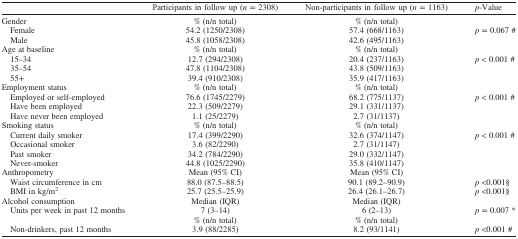
<table><thead><tr><td><b> </b></td><td><b>Participants in follow up (<i>n</i> = 2308)</b></td><td><b>Non-participants in follow up (<i>n</i> = 1163)</b></td><td><b><i>p</i>-Value </b></td></tr></thead><tbody><tr><td>Gender</td><td>% (n/n total)</td><td>% (n/n total)</td><td> </td></tr><tr><td> Female </td><td>54.2 (1250/2308)</td><td>57.4 (668/1163)</td><td><i>p</i> = 0.067 #</td></tr><tr><td> Male </td><td>45.8 (1058/2308)</td><td>42.6 (495/1163)</td><td> </td></tr><tr><td>Age at baseline</td><td>% (n/n total)</td><td>% (n/n total)</td><td> </td></tr><tr><td> 15–34</td><td>12.7 (294/2308)</td><td>20.4 (237/1163)</td><td><i>p</i> &lt; 0.001 #</td></tr><tr><td> 35–54</td><td>47.8 (1104/2308)</td><td>43.8 (509/1163)</td><td> </td></tr><tr><td> 55+ </td><td>39.4 (910/2308)</td><td>35.9 (417/1163)</td><td> </td></tr><tr><td>Employment status</td><td>% (n/n total)</td><td>% (n/n total)</td><td> </td></tr><tr><td> Employed or self-employed</td><td>76.6 (1745/2279)</td><td>68.2 (775/1137)</td><td><i>p</i> &lt; 0.001 #</td></tr><tr><td> Have been employed</td><td>22.3 (509/2279)</td><td>29.1 (331/1137)</td><td> </td></tr><tr><td> Have never been employed</td><td>1.1 (25/2279)</td><td>2.7 (31/1137)</td><td> </td></tr><tr><td>Smoking status</td><td>% (n/n total)</td><td>% (n/n total)</td><td> </td></tr><tr><td> Current daily smoker </td><td>17.4 (399/2290)</td><td>32.6 (374/1147)</td><td><i>p</i> &lt; 0.001 #</td></tr><tr><td> Occasional smoker </td><td>3.6 (82/2290)</td><td>2.7 (31/1147)</td><td> </td></tr><tr><td> Past smoker </td><td>34.2 (784/2290)</td><td>29.0 (332/1147)</td><td> </td></tr><tr><td> Never-smoker </td><td>44.8 (1025/2290)</td><td>35.8 (410/1147)</td><td> </td></tr><tr><td>Anthropometry</td><td>Mean (95% CI)</td><td>Mean (95% CI)</td><td> </td></tr><tr><td> Waist circumference in cm</td><td>88.0 (87.5–88.5)</td><td>90.1 (89.2–90.9)</td><td><i>p</i> &lt;0.001§</td></tr><tr><td> BMI in kg/m<sup>2</sup></td><td>25.7 (25.5–25.9)</td><td>26.4 (26.1–26.7)</td><td><i>p</i> &lt;0.001§</td></tr><tr><td>Alcohol consumption</td><td>Median (IQR)</td><td>Median (IQR)</td><td> </td></tr><tr><td> Units per week in past 12 months</td><td>7 (3–14)</td><td>6 (2–13)</td><td><i>p</i> = 0.007 *</td></tr><tr><td> </td><td>% (n/n total)</td><td>% (n/n total)</td><td> </td></tr><tr><td> Non-drinkers, past 12 months</td><td>3.9 (88/2285)</td><td>8.2 (93/1141)</td><td><i>p</i> &lt;0.001 #</td></tr></tbody></table>